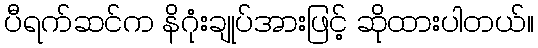
ပီရက်ဆင်က နိဂုံးချုပ်အားဖြင့် ဆိုထားပါတယ်။